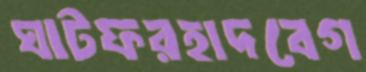
ঘাটফরহাদবেগ